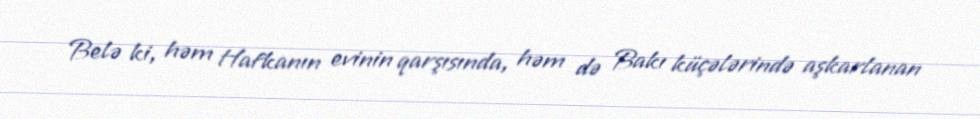
Belə ki, həm Hafkanın evinin qarşısında, həm də Bakı küçələrində aşkarlanan